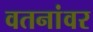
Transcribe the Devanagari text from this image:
वतनांवर